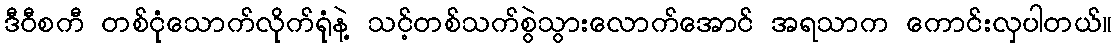
ဒီဝီစကီ တစ်ငုံသောက်လိုက်ရုံနဲ့ သင့်တစ်သက်စွဲသွားလောက်အောင် အရသာက ကောင်းလှပါတယ်။